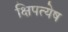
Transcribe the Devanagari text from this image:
क्षिपत्येष